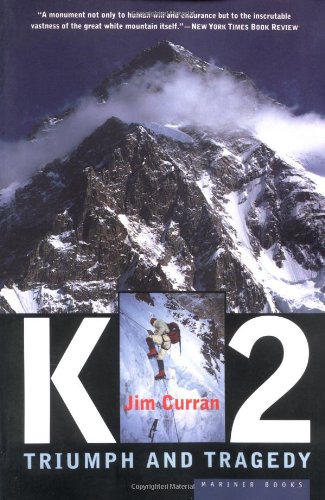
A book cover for K2: Triumph and Tragedy; Jim Curran; Travel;